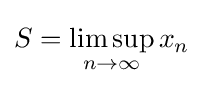
S=\limsup _{n\to \infty }x_{n}